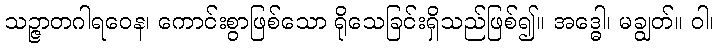
သဉ္ဇာတဂါရဝေန၊ ကောင်းစွာဖြစ်သော ရိုသေခြင်းရှိသည်ဖြစ်၍။ အဒ္ဓေါ၊ မချွတ်။ ဝါ၊